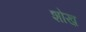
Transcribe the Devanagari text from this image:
शोख़